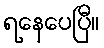
ရနေပေပြီ။